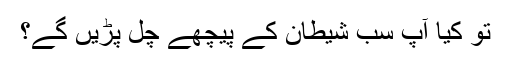
تو کیا آپ سب شیطان کے پیچھے چل پڑیں گے؟